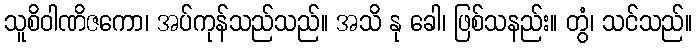
သူစိဝါဏိဇကော၊ အပ်ကုန်သည်သည်။ အသိ နု ခေါ၊ ဖြစ်သနည်း။ တွံ၊ သင်သည်။